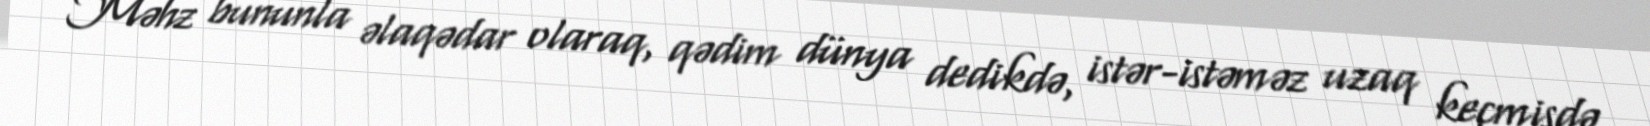
Məhz bununla əlaqədar olaraq, qədim dünya dedikdə, istər-istəməz uzaq keçmişdə